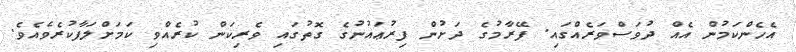
އެހެންކަމުން އެއް ދުވަސްވަރެއްގައި. ފޭރާމުގެ ދަށުން ފިރުޢައުނުގެ ގޮތުގައި ވެރިކަން ކުރެއްވި ކަމަށްލަފާކުރެވެއެވެ.